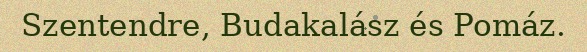
Szentendre, Budakalász és Pomáz.